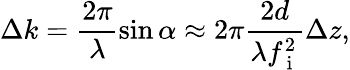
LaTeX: \Delta k=\frac{2\pi}{\lambda}\sin\alpha\approx 2\pi\frac{2d}{\lambda f_{\mathrm{~i~}}^{2}}\Delta z,